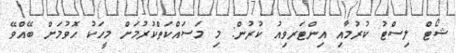
ޝޯޓް ލިސްޓު ކުރުމާއި އިންޓަރވިއު ކުރުން: މި މަސައްކަތްކުރުމަށް މީހަކު ހޮވުމަށް ބޭއްވޭ